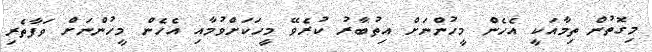
މިގޮތުން ތިމާއަކީ އެހެން މީހުންނަށް އިތުބާރު ކުރެވޭ މީހަކަށްވުމާއި އެހެން މީހުންނަށް ވަފާތެރި